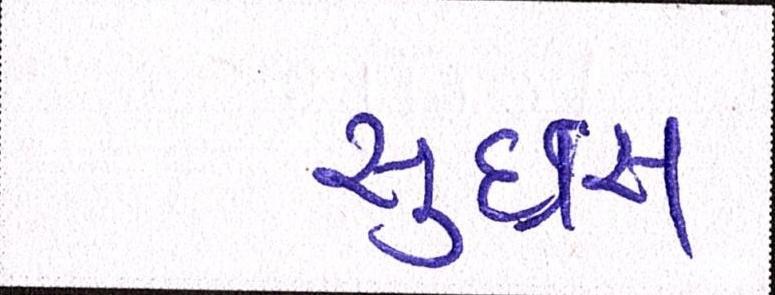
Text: સુઇસ